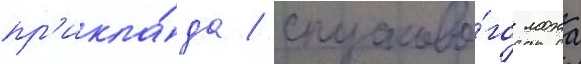
пр'икла́да / спусково́го ложа